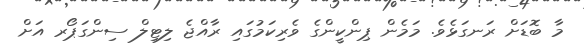
މާ ބޮޑަށް ރަނގަޅެވެ. މަމެން ޕިންކީންގެ ވެެރިކަމުގައި ރާއްޖެ ލިޓިލް ސިންގަޕޯރ އަށް